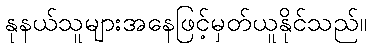
နုနယ်သူများအနေဖြင့်မှတ်ယူနိုင်သည်။